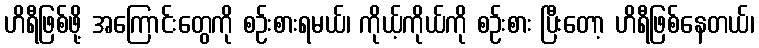
ဟိရီဖြစ်ဖို့ အကြောင်းတွေကို စဉ်းစားရမယ်၊ ကိုယ့်ကိုယ်ကို စဉ်းစား ပြီးတော့ ဟိရီဖြစ်နေတယ်၊